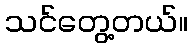
သင်တွေ့တယ်။